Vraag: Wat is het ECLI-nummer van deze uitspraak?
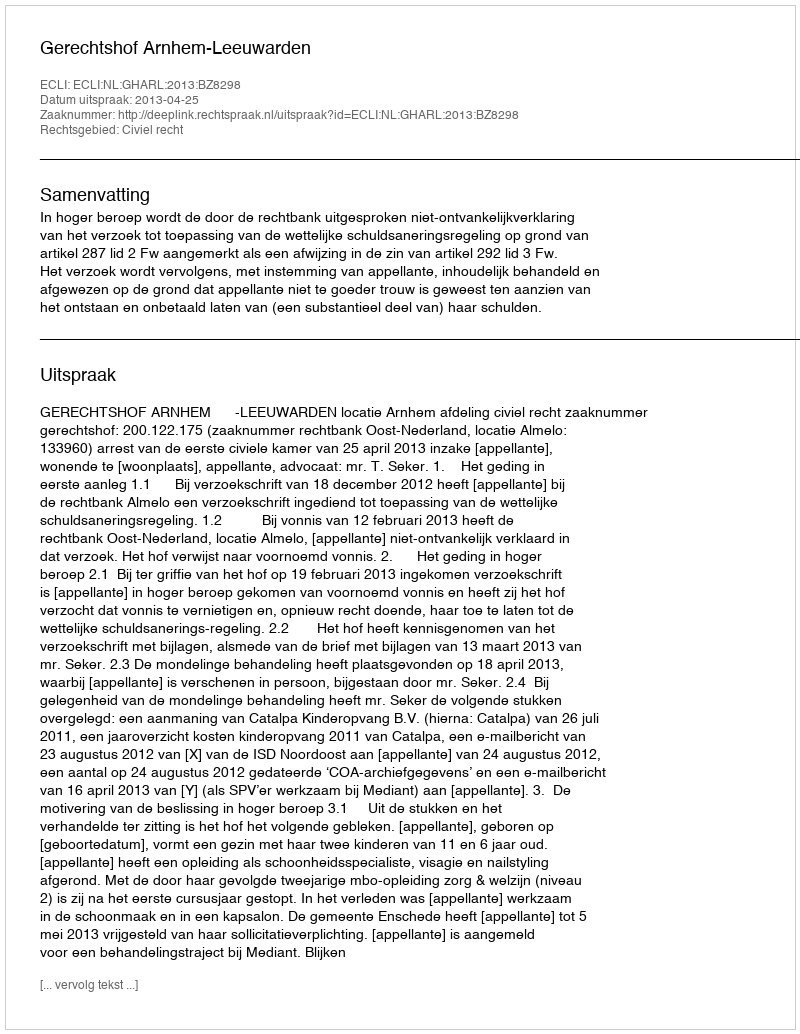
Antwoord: ECLI:NL:GHARL:2013:BZ8298